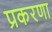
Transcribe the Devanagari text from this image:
प्रकरणा